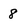
Character: 8